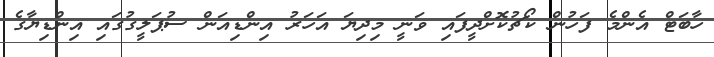
ހާބަޓް އެންމެ ފަހުން ކޯޗުކޮށްދީފައި ވަނީ މިދިޔަ އަހަރު އިންޑިއަން ސުޕަލީގުގައި އިންޑިޔާގެ